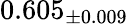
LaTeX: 0.605_{\pm 0.009}